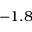
- 1 . 8